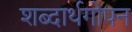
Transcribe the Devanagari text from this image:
शब्दार्थगोपन